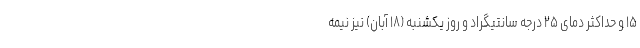
۱۵ و حداکثر دمای ۲۵ درجه سانتیگراد و روز یکشنبه (۱۸ آبان) نیز نیمه